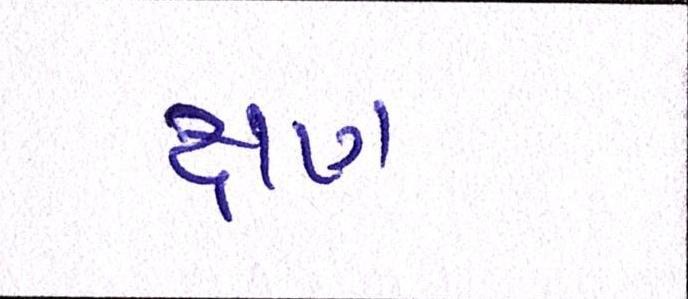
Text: ક્ષણ